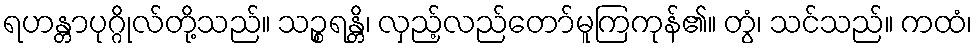
ရဟန္တာပုဂ္ဂိုလ်တို့သည်။ သဉ္စရန္တိ၊ လှည့်လည်တော်မူကြကုန်၏။ တွံ၊ သင်သည်။ ကထံ၊